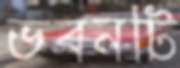
ভবনটি